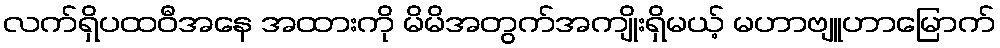
လက်ရှိပထဝီအနေ အထားကို မိမိအတွက်အကျိုးရှိမယ့် မဟာဗျူဟာမြောက်